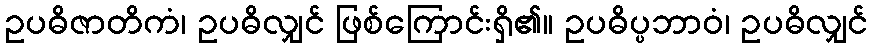
ဥပဓိဇာတိကံ၊ ဥပဓိလျှင် ဖြစ်ကြောင်းရှိ၏။ ဥပဓိပ္ပဘာဝံ၊ ဥပဓိလျှင်